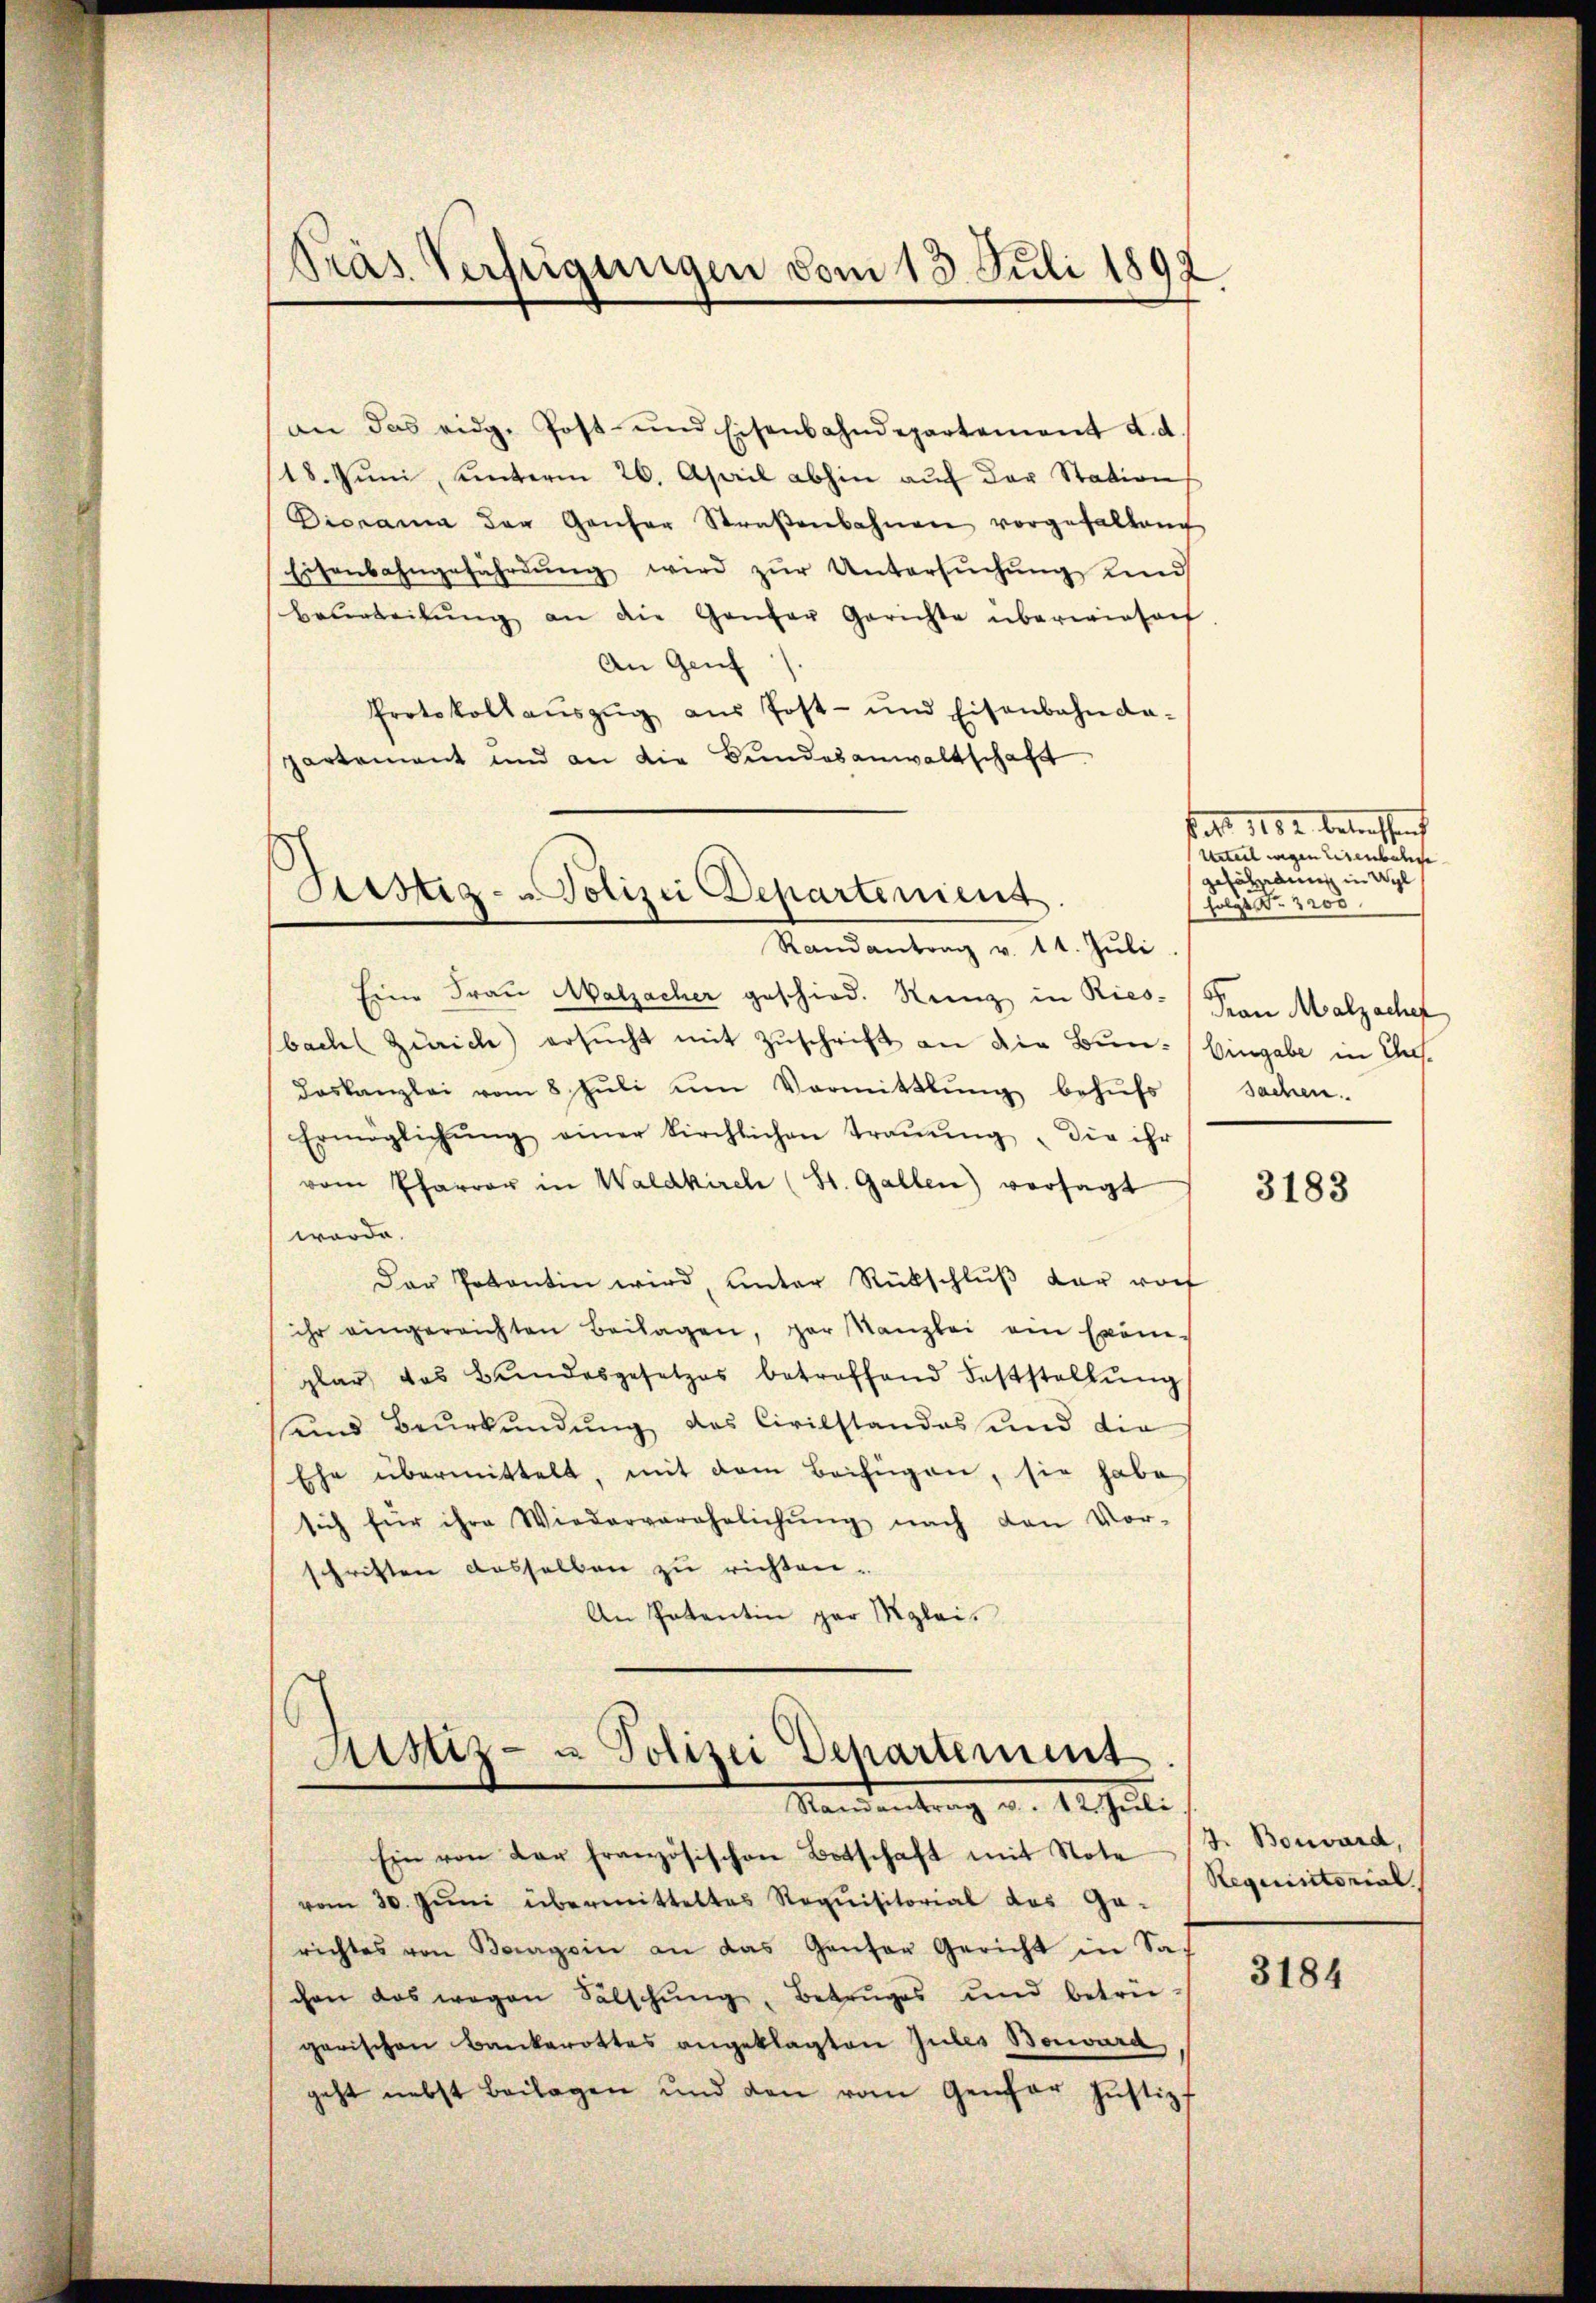
an das eidg. Post- und Eisenbahndepartement d. d.
18. Juni, unterm 26. April abhin auf der Station
Diorama der Genfer Straβenbahnen vorgefallend
Eisenbahngefährdŭng wird zŭr Untersŭchŭng und
bearbeitŭng an die Ganzer Gerichte überwiesent.
An Genf
Protokollaŭszŭg aŭs Post- und Eisenbahnda-
partement und an die Bundesanwaltschaft
Randantrag v. 11. Jŭli
Eine Frau Malzacher geschied. Sienz in Riesbach Zürich) ersŭcht mit Zuschrift an die Bun-Eingabe in Ansdoskanzlei vom 8. Jŭli ŭm Vormittlung behŭfs Sachen.
Ermöglichŭng einer kirchlichen Traŭŭng, die ihr
vom Pfarrer in Waldkirch (St. Gallen) versagt
würde.
Der Potantin wird, unter Rückschlŭβ der vorf
ihr eingereichten Beilagen, par Kanzlei ein Exemplar das Bundesgesetzes betreffend Feststellŭng
uind Beurkundung des Civilstandos und die
Ehe übermittelt, mit dem Beifügen, sie habe
sich für ihre Wiederverehelichŭng nach den Vor-
schriften dasselben zu richten¬
An Patentin gar Mglei¬

Fras Verfügungen vom 13. Juli 1892

Justiz- & Polizei Departement

Sistiz- u Polizei Departement
Namentrag v. M. Juli

Ein von der französischen Botschaft mit Note
vom 30. Jŭni übermitteltes Requisitorial des Ga-
richtes von Bagein an das Ganter Gericht in Sachen das wegen Salschŭng, Betruges und betrü-
garischen Bankerottes angeklagten Gutes Benward
geht nebst Beilagen und den vom Genfer Justizf

bat. 1102. betreffen
Urteil wegen Eisenbahnge
gefährdung in Wyl
holze Nr. 3200
Frau Malzache

3183

J. Bonard,
Requisitorial

3184